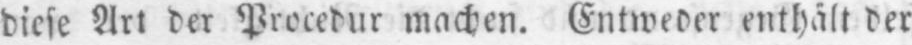
diese Art der Procedur machen. Entweder enthält der